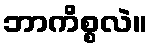
ဘာကိစ္စလဲ။